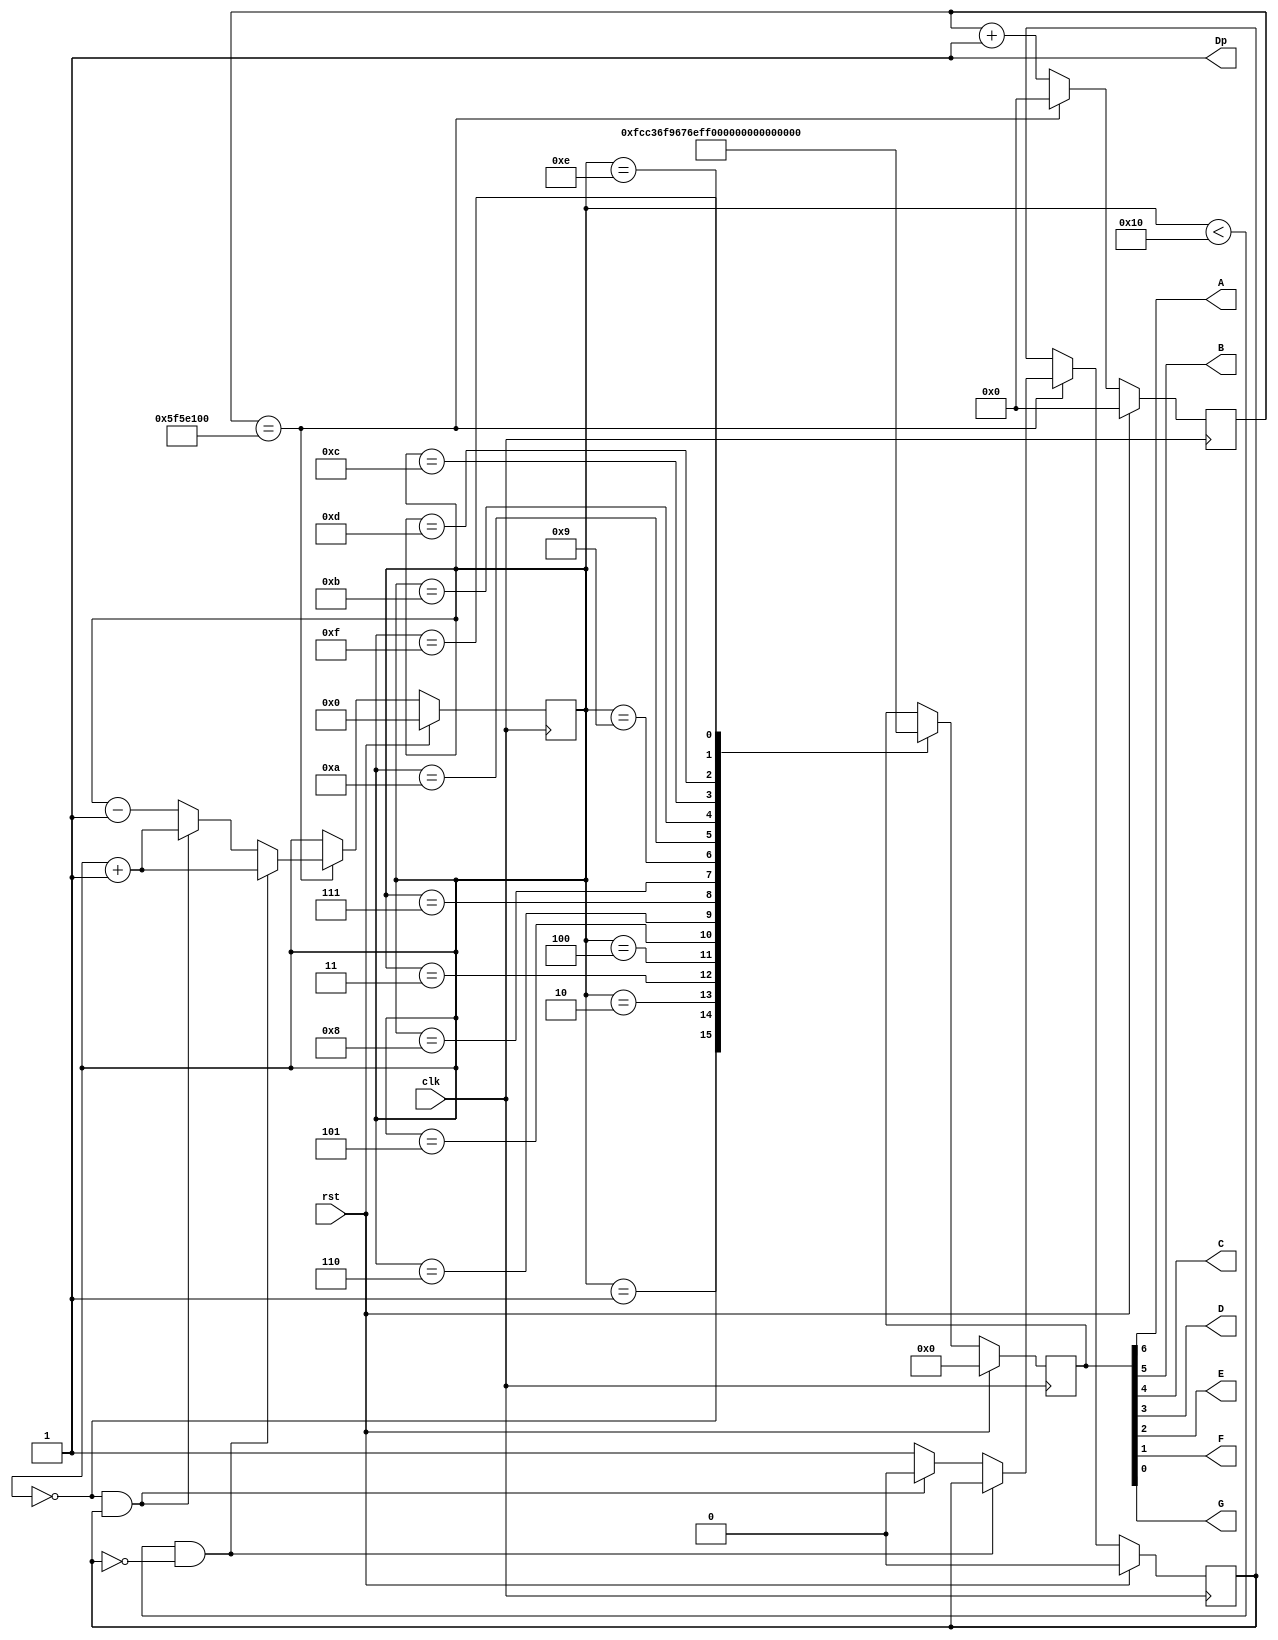
`timescale 1ns / 1ps
//////////////////////////////////////////////////////////////////////////////////
// Company:
//
// Design Name:
// Module Name: seven_seg_rtc
// Project Name:
// Target Devices:
// Tool Versions:
// Description: Makes a 7-seg decoder count up to 7 and back down one digit per second
//
// Dependencies:
//
// Revision:
// Revision 0.01 - File Created
// Additional Comments:
//
//////////////////////////////////////////////////////////////////////////////////


module seven_seg_rtc(
    input rst,
    input clk,
    output A,
    output B,
    output C,
    output D,
    output E,
    output F,
    output G,
    output Dp
    //output [3:0] state,
    //output [26:0] counter
    );
    //this register determines whether the display is counting up or down
    reg direction_state_d, direction_state_q;
    //8 states, 1 for each of the numbers 0-7
    reg [4:0] state_d, state_q;
    //figure out how large this counter needs to be
    reg [26:0] counter_d, counter_q;
    reg [6:0] segments_d, segments_q;
    
    localparam UP = 1'b0, DOWN = 1'b1; //counting up or down
    localparam ZERO = 5'd0, ONE = 5'd1, //current number output
               TWO = 5'd2, THREE = 5'd3,
               FOUR = 5'd4, FIVE = 5'd5,
               SIX = 5'd6, SEVEN = 5'd7,
               EIGHT = 5'd8, NINE = 5'd9,
               TEN = 5'd10, ELEVEN = 5'd11,
               TWELVE = 5'd12, THIRTEEN = 5'd13,
               FOURTEEN = 5'd14, FIFTEEN = 5'd15,
               SIXTEEN = 5'd16;

    always @(*) begin
    
      if (counter_q == 27'd100000000) begin //assuming a 100 MHz clock rate, the counter should reach this value once a second
        if (state_q < SIXTEEN && direction_state_q == UP) begin
         direction_state_d = direction_state_q;
         state_d = state_q + 5'd1;
         counter_d = 27'd0;
         end
        else if (state_q == ZERO && direction_state_q == DOWN) begin
        direction_state_d = UP;
        state_d = state_q + 5'd1;
        counter_d = 27'd0;
        end
        else begin //if the display is on 'F', change the state and start counting backwards
            if (direction_state_q == UP) direction_state_d = DOWN;
            
            else direction_state_d = direction_state_q;
        state_d = state_q - 5'd1;
        counter_d = 27'd0;
        end
        
      end
      
      else begin 
      //if (direction_state_q == 1'b1 && state_q == 5'd0) direction_state_d = 1'b0; //if the display reaches zero after counting backward, change direction state and count up again
      direction_state_d = direction_state_q;
      counter_d = counter_q + 27'd1;
      state_d = state_q;
      //direction_state_d = direction_state_q;
      end

      //states
      //make this into a switch statement
      case (state_q)
      ZERO: begin //'0'
        segments_d = 7'b1111110;
      end

      ONE: begin //'1'
        segments_d = 7'b0110000;
      end

      TWO: begin //'2'
        segments_d = 7'b1101101;
      end

      THREE: begin //'3'
        segments_d = 7'b1111001;
      end

      FOUR: begin //'4'
         segments_d = 7'b0110011;
      end

      FIVE: begin //'5'
        segments_d = 7'b1011011;
      end
      
      SIX: begin //'6'
          segments_d =7'b1011111;
      end
      
      SEVEN: begin //'7'
        segments_d = 7'b1110000;
      end
      
      EIGHT: begin //'8'
        segments_d = 7'b1111111;
       end
       
      NINE: begin //'9'
        segments_d = 7'b1110011;
       end
       
      TEN: begin //'A'
        segments_d = 7'b1110111;
       end
       
      ELEVEN: begin //'b'
       segments_d = 7'b0011111;
       end
       
      TWELVE: begin //'C'
       segments_d = 7'b1001110;
       end
       
      THIRTEEN: begin //'d'
       segments_d = 7'b0111101;
       end
       
      FOURTEEN: begin //'E'
       segments_d = 7'b1001111;
       end
       
      FIFTEEN: begin //'F'
       segments_d = 7'b1000111;
       end

      default: segments_d = segments_q;
    endcase
    end

    always @(posedge clk) begin
    if (rst) begin
    counter_q <= 26'd0;
    state_q <= ZERO;
    direction_state_q <= UP;
    segments_q <= 7'd0;
    end

    else begin
    counter_q <= counter_d;
    state_q <= state_d;
    direction_state_q <= direction_state_d;
    segments_q <= segments_d;
    end

    end


  assign A= segments_q[6];
  assign B= segments_q[5];
  assign C= segments_q[4];
  assign D= segments_q[3];
  assign E= segments_q[2];
  assign F= segments_q[1];
  assign G= segments_q[0];
  assign Dp= 1'b1;
  //assign counter = counter_d;
  //assign state = state_d;
    /*
    assign A= (Din1 | (~Din2 & ~Din0) | (Din2 & Din0));
    assign B= (~Din2 | (Din1 & Din0) | (~Din1 & ~Din0));
    assign C= (~Din1 | Din0 | Din2);
    assign D= ((~Din2 & Din1) | (~Din2 & ~Din0) | (Din1 & ~Din0) | (Din2 & ~Din1 & Din0));
    assign E= ((~Din2 & ~Din0) | (Din1 & ~Din0));
    assign F= ((~Din1 & ~Din0) | (Din2 & ~Din1) | (Din2 & ~Din0));
    assign G= ((~Din2 & Din1) | (Din2 & ~Din0) | (Din2 & ~Din1));
    assign Dp= 1'b1;*/
endmodule